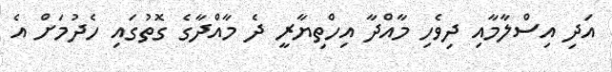
އަދި އިސްލާމާއި ދިވެހި މާއްދާ އިހްތިޔާރީ ދެ މާއްދާގެ ގޮތުގައި ހެދުމަށް އެ